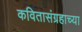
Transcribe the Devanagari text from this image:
कवितासंग्रहाच्या